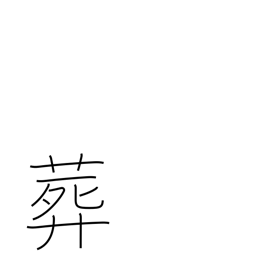
Meaning: interment